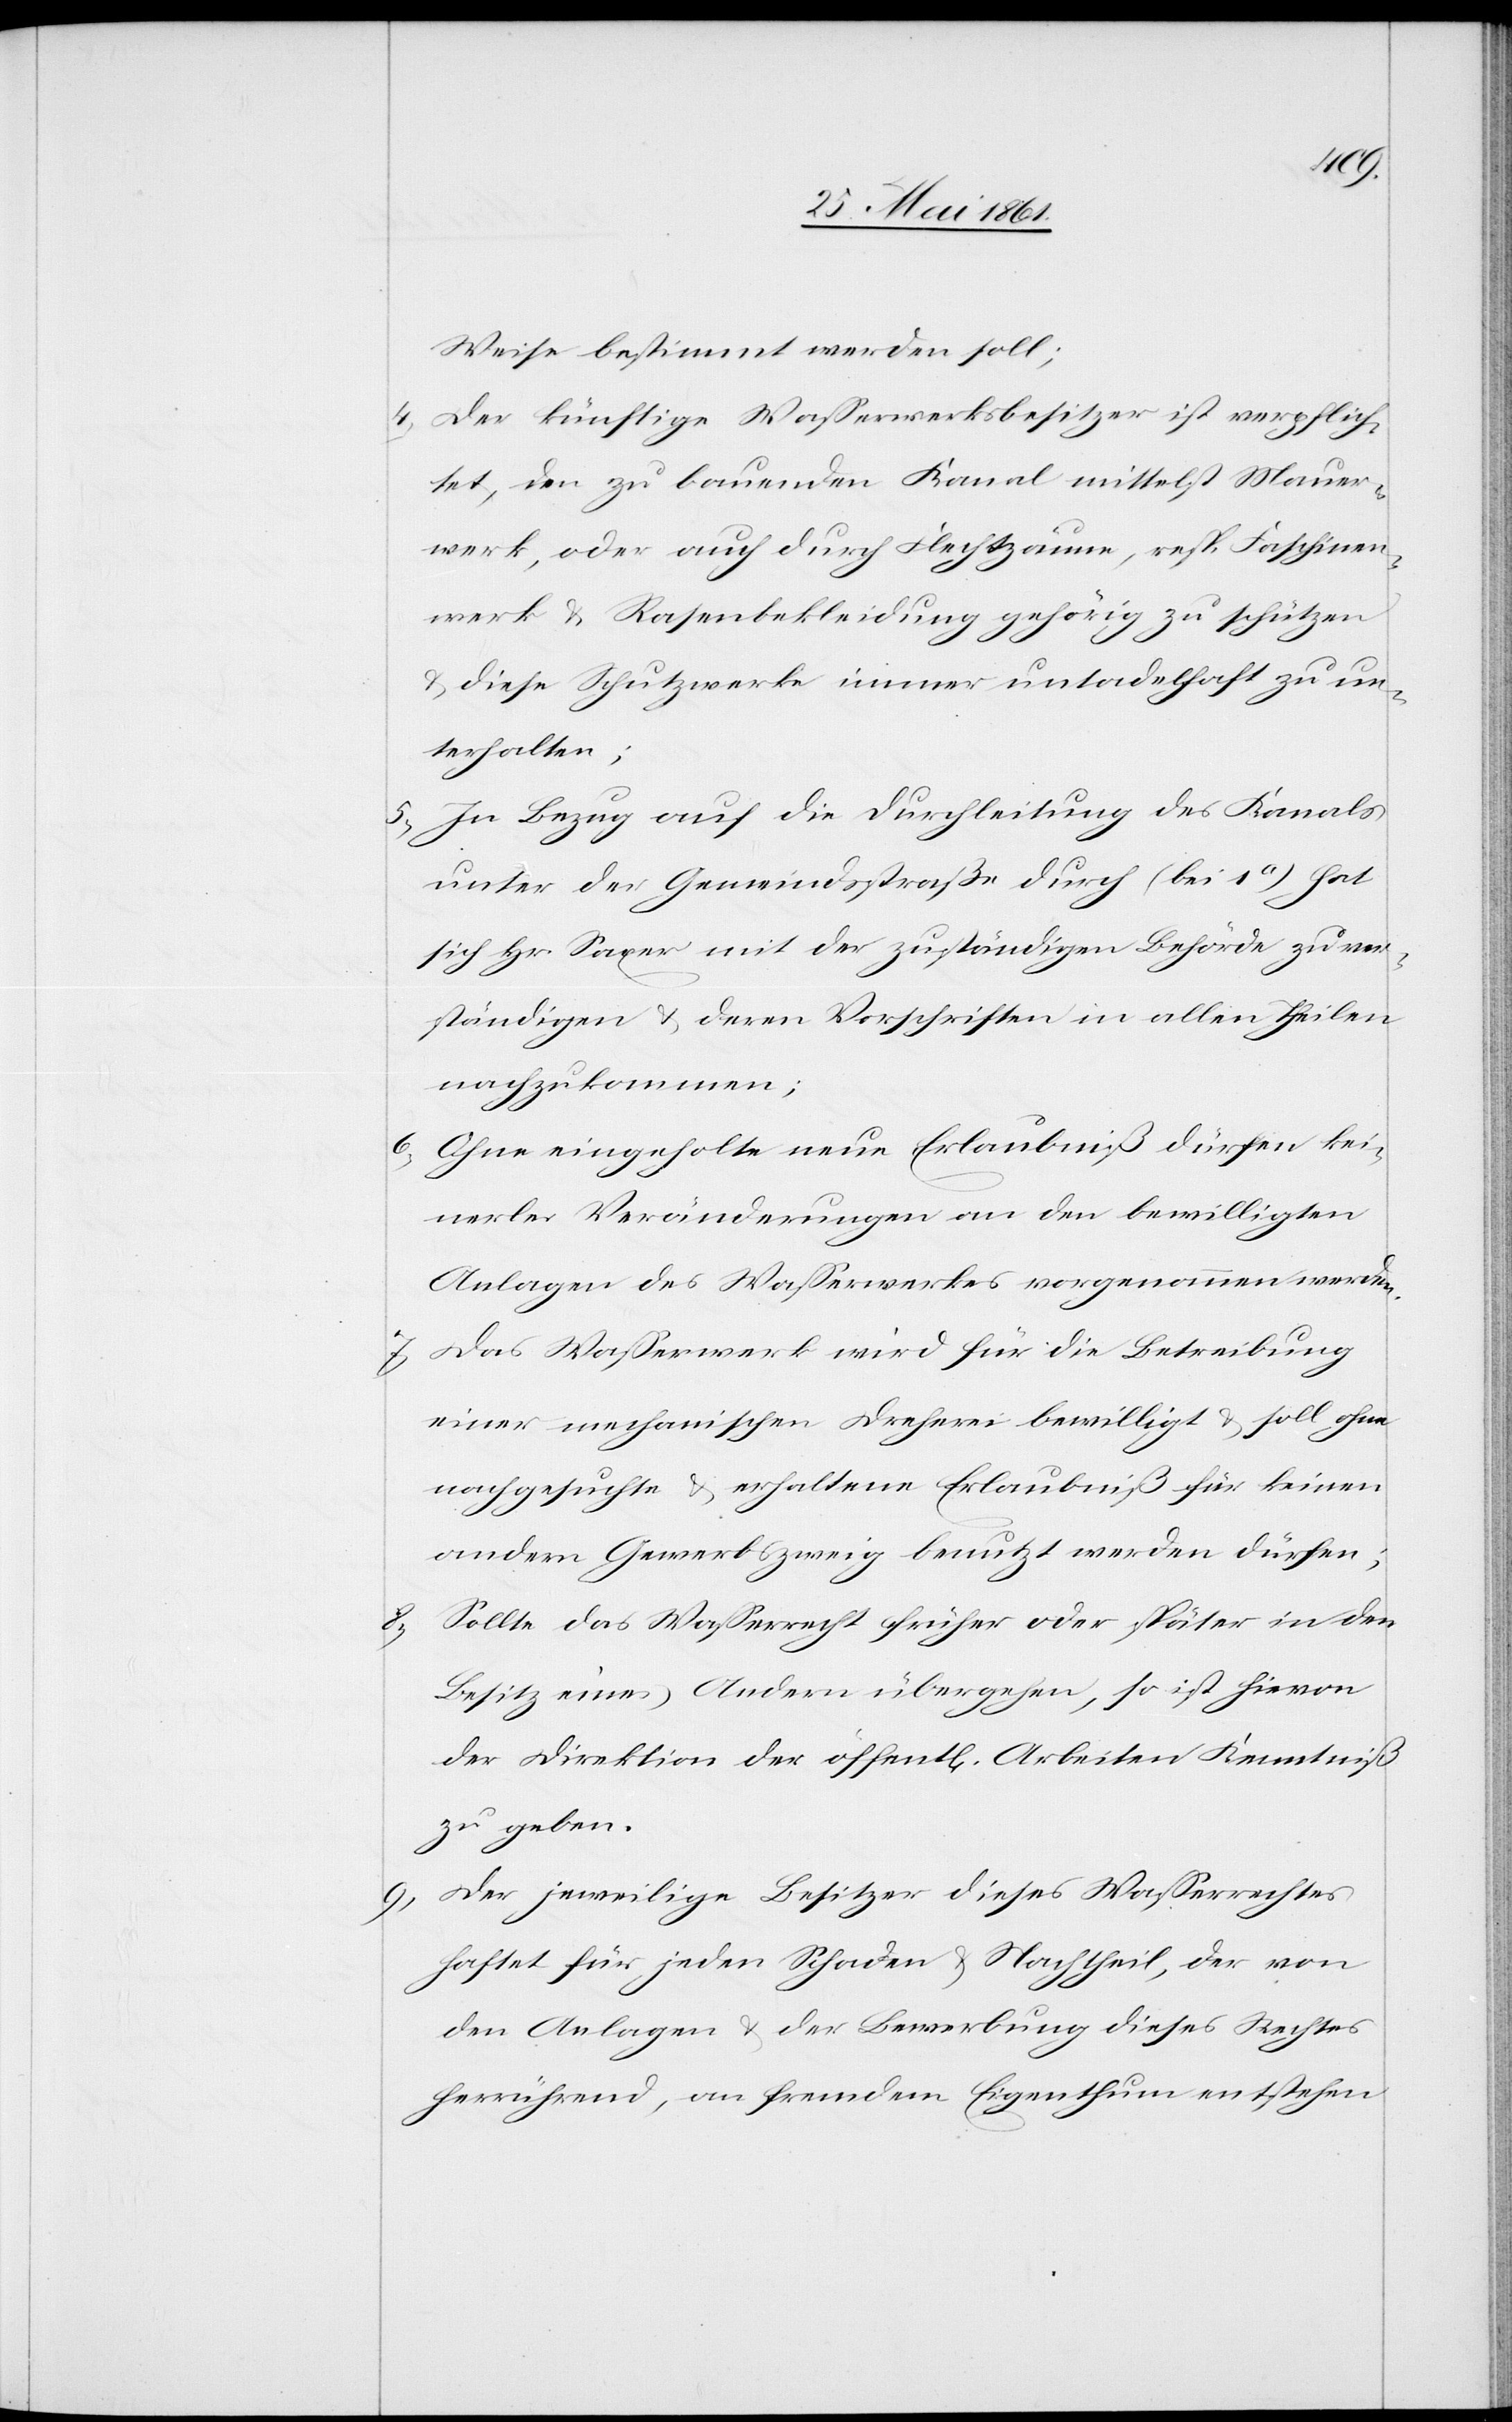
Weise bestimmt werden soll;
4) Der künftige Wasserwerksbesitzer ist verpflich¬
tet, den zu bauenden Kanal mittelst Mauer¬
werk, oder auch durch Flechtzäune, resp. Faschinen¬
werke u. Rasenbekleidung gehörig zu schützen
u. diese Schutzwerke immer untadelhaft zu un¬
terhalten;
In Bezug auf die Durchleitung des Kanals
unter der Gemeindstraße durch (bei 1a) hat
sich Hr. Saxer mit der zuständigen Behörde zu ver¬
ständigen u. deren Vorschriften in allen Theilen
nachzukommen;
6) Ohne eingeholte neue Erlaubniß dürfen kei¬
nerlei Veränderungen an den bewilligten
Anlagen des Wasserwerkes vorgenommen werden.
7) Das Wasserwerk wird für die Betreibung
einer mechanischen Dreherei bewilligt u. soll ohne
nachgesuchte u. erhaltene Erlaubniß für keinen
andern Gewerbszweig benutzt werden dürfen;
8) Sollte das Wasserrecht früher oder später in den
Besitz eines Andern übergehen, so ist hievon
der Direktion der öffent[lichen] Arbeiten Kenntniß
zu geben.
9) Der jeweilige Besitzer dieses Wasserrechtes
haftet für jeden Schaden u. Nachtheil, der von
den Anlagen u. der Bewerbung dieses Rechtes
herrührend, an fremdem Eigenthum entstehen